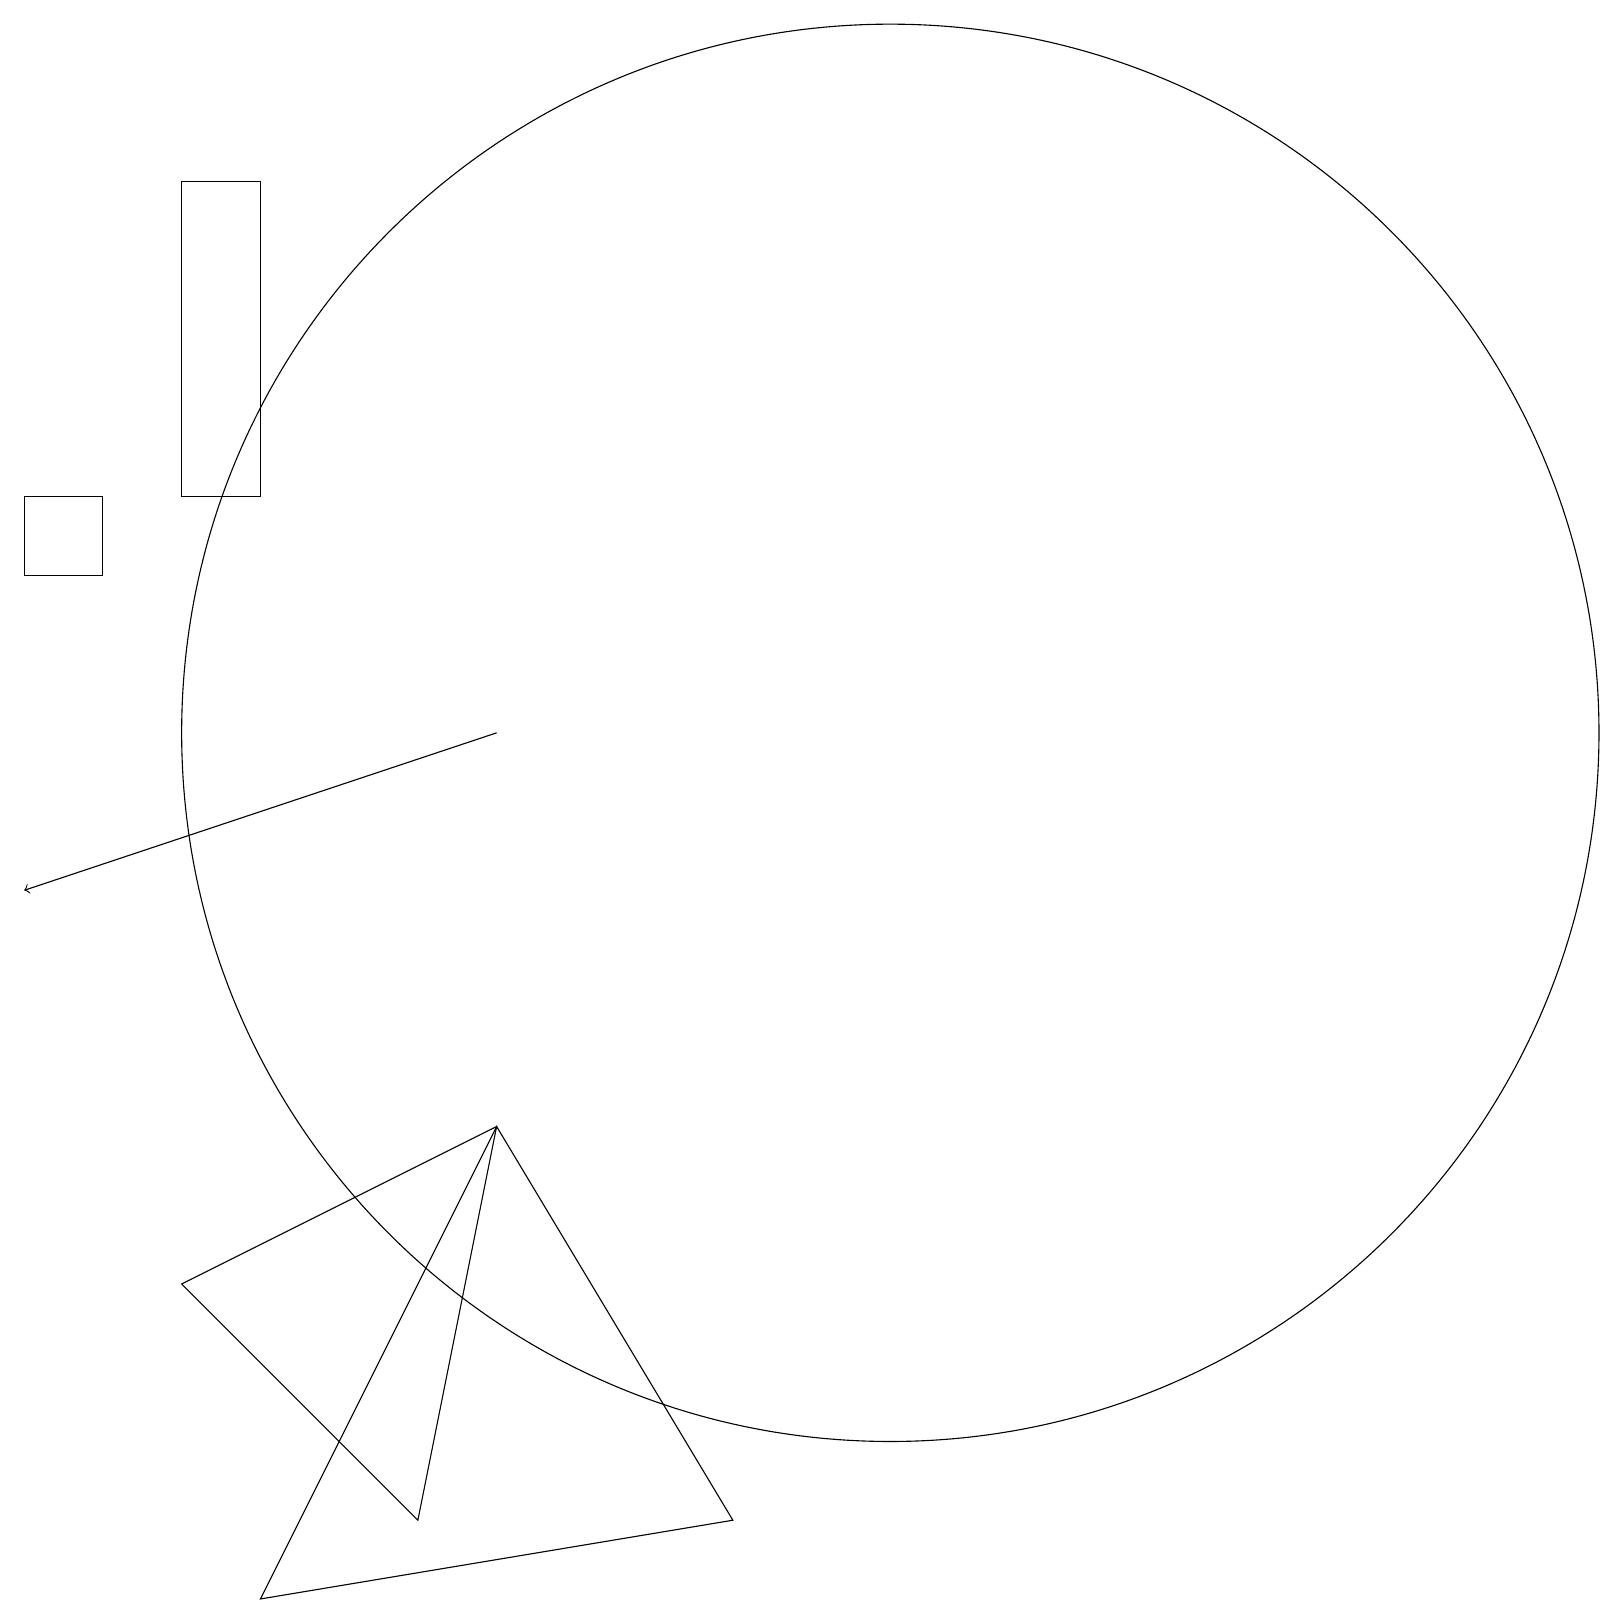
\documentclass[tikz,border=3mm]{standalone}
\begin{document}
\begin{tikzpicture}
\draw (11,12) circle (9);
\draw (6,7) -- (2,5) -- (5,2) -- cycle;
\draw (0,14) rectangle (1,15);
\draw (6,7) -- (3,1) -- (9,2) -- cycle;
\draw[->] (6,12) -- (0,10);
\draw (3,19) rectangle (2,15);
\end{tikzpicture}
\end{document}